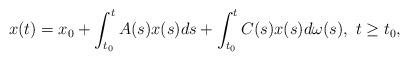
LaTeX: \begin{align*}x(t) = x_0 + \int_{t_0}^t A(s)x(s)ds + \int_{t_0}^t C(s)x(s)d\omega(s), \ t\geq t_0,\end{align*}